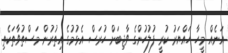
އަނެއް މީހާ ހައްޔަރު ކުރީ ފުލުހުންގެ ވާޖިބަށް ހުރަސް އެޅުމުގެ އިތުރުން މަސްތުވާތަކެތި